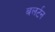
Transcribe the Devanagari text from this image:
बलर्टन